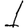
Digit: 1